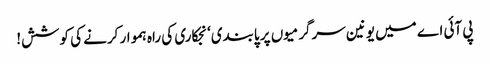
پی آئی اے میں یونین سرگرمیوں پر پابندی‘ نجکاری کی راہ ہموار کرنے کی کوشش!